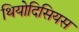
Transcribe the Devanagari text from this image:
थियोदिसियस